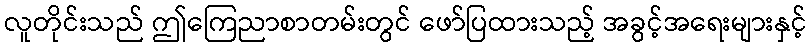
လူတိုင်းသည် ဤကြေညာစာတမ်းတွင် ဖော်ပြထားသည့် အခွင့်အရေးများနှင့်